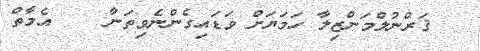
ޤަރްނުލްމަންޒިލާ ހަމަޔަށް ވަޑައިގެންނެވިތަނާ    އެމާތް